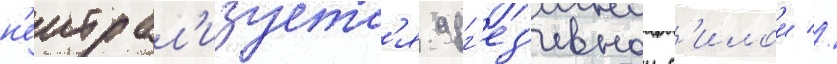
н'еитрал'изуетс'я адг'ез'ивнои с'илои //